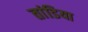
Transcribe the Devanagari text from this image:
तांडिया